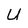
Character: U